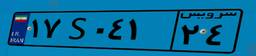
۱۷S۰۴۱۲۴